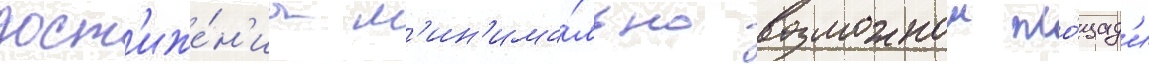
дост'иже́н'иа м'ин'има́льно возможнои пло́щад'и